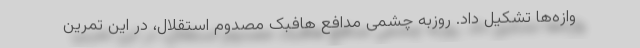
وازه‌ها تشکیل داد. روزبه چشمی مدافع هافبک مصدوم استقلال، در این تمرین